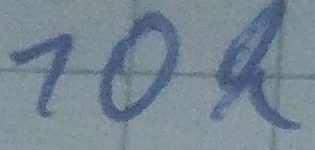
Text: 10k